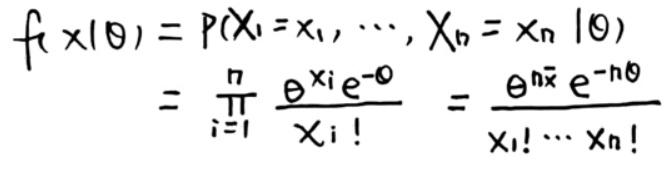
\[
\begin{align*}
f(x|\theta)&=P(X_1 = x_1,\cdots,X_n = x_n|\theta)\\
&=\prod_{i = 1}^{n}\frac{\theta^{x_i}e^{-\theta}}{x_i!}=\frac{\theta^{n\bar{x}}e^{-n\theta}}{x_1!\cdots x_n!}
\end{align*}
\]